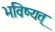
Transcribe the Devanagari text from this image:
भविष्यत्‌